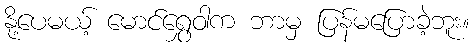
နို့ပေမယ့် မောင်ရွှေဝါက ဘာမှ ပြန်မပြောခဲ့ဘူး။